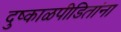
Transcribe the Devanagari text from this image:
दुष्काळपीडितांना